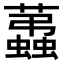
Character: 𧔩